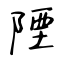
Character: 陻